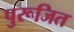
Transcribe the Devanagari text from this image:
पुरूजित